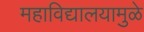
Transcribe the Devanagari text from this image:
महाविद्यालयामुळे